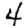
Digit: 4